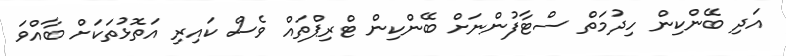
އަދި ބޭންކިން ހިދުމަތް ސްޓާފުންނަށް ބޭންކިން ޓްރިޕްތައް ވެސް ކައިރި އަތޮޅުތަކަށް ބާއްވަ